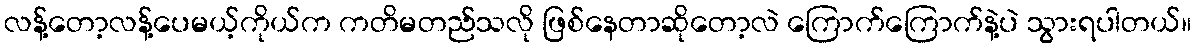
လန့်တော့လန့်ပေမယ့်ကိုယ်က ကတိမတည်သလို ဖြစ်နေတာဆိုတော့လဲ ကြောက်ကြောက်နဲ့ပဲ သွားရပါတယ်။